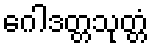
ဂေါဒတ္တသုတ္တံ